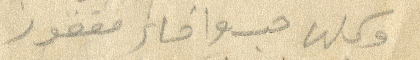
وكلها حب واخاء مقفور